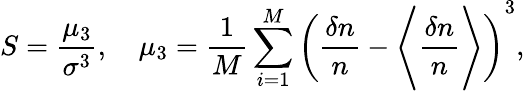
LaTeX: S=\frac{\mu_{3}}{\sigma^{3}},\quad\mu_{3}=\frac{1}{M}\sum_{i=1}^{M}\left(\frac{\delta n}{n}-\Biggl\langle\frac{\delta n}{n}\Biggr\rangle\right)^{3},